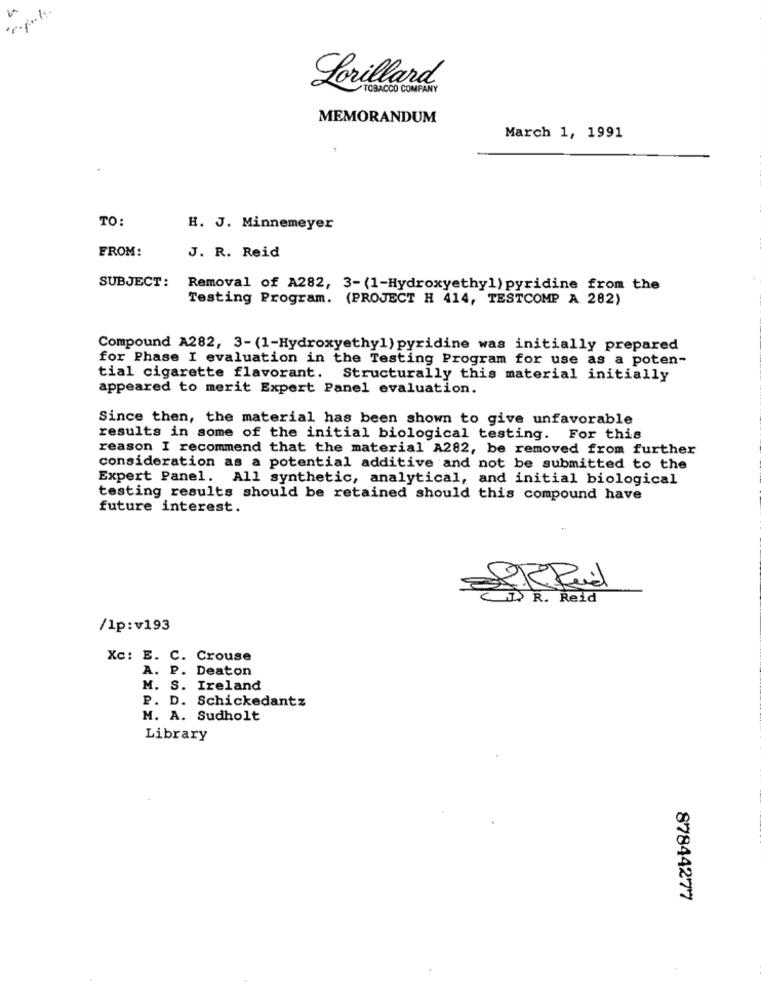
Lorillard
TOBACCO COMPANY
MEMORANDUM
March 1, 1991
TO:
H. J. Minnemeyer
FROM:
J. R. Reid
SUBJECT:
Removal of A282, 3- (1-Hydroxyethyl) pyridine from the
Testing Program. (PROJECT H 414, TESTCOMP A 282)
Compound A282, 3-(1-Hydroxyethyl) pyridine was initially prepared
for Phase I evaluation in the Testing Program for use as a poten-
tial cigarette flavorant. Structurally this material initially
appeared to merit Expert Panel evaluation.
Since then, the material has been shown to give unfavorable
results in some of the initial biological testing. For this
reason I recommend that the material A282, be removed from further
consideration as a potential additive and not be submitted to the
Expert Panel. All synthetic, analytical, and initial biological
testing results should be retained should this compound have
future interest.
IS R. Reid
/lp:v193
Xc: E. C. Crouse
A. P. Deaton
M. S. Ireland
P. D. Schickedantz
M. A. Sudholt
Library
87844277